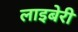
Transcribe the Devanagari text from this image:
लाइबेरी